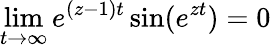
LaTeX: \operatorname*{lim}_{t\rightarrow\infty}e^{(z-1)t}\sin(e^{zt})=0